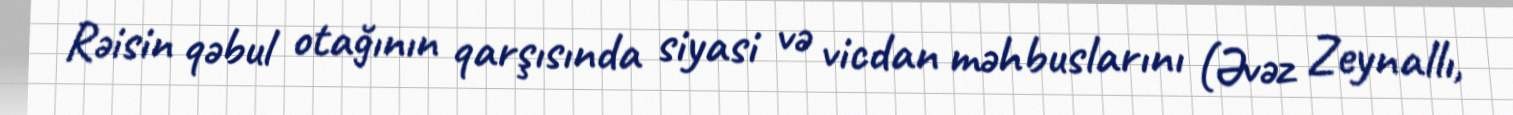
Rəisin qəbul otağının qarşısında siyasi və vicdan məhbuslarını (Əvəz Zeynallı,